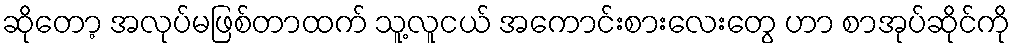
ဆိုတော့ အလုပ်မဖြစ်တာထက် သူ့လူငယ် အကောင်းစားလေးတွေ ဟာ စာအုပ်ဆိုင်ကို